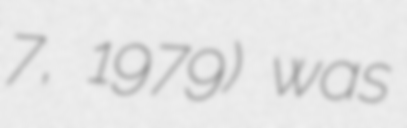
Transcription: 7, 1979) was